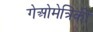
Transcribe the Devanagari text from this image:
गेओमेत्रिकी